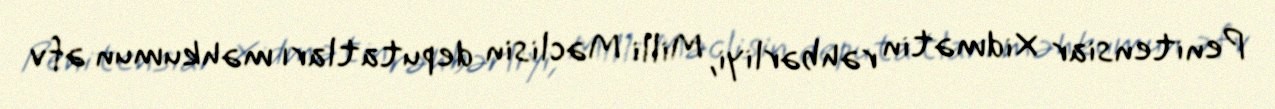
Penitensiar Xidmətin rəhbərliyi, Milli Məclisin deputatları məhkumun əfv